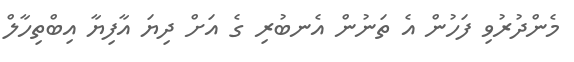
މެންދުރުވި ފަހުން އެ ތަނުން އެނބުރި ގެ އަށް ދިޔަ އާފިޔާ އިބްތިހާލް